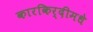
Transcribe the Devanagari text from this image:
कारकिर्दीमधे